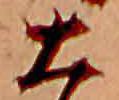
大